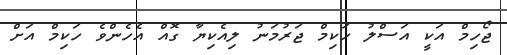
ޖޯހިމް އަކީ އަސްލު ހަކިމް ޖަރުމަނު ލިއެކިޔާ ގޮއް އެހެންވެ ހަކިމް އަށް